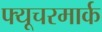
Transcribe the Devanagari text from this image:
फ्यूचरमार्क